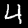
Label: 4